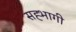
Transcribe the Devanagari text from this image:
सह्भागी